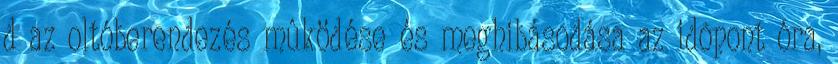
d az oltóberendezés mûködése és meghibásodása az idõpont óra,